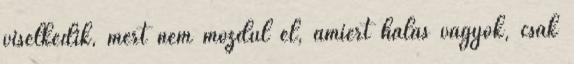
viselkedik, mert nem mozdul el, amiért hálás vagyok, csak